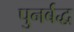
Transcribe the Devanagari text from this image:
पुनर्बद्ध